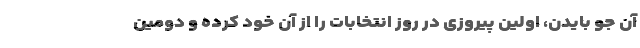
آن جو بایدن، اولین پیروزی در روز انتخابات را از آن خود کرده و دومین